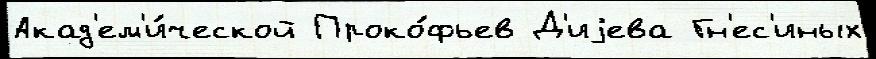
Акад'ем'и́ческой Проко́фьев Д'иjева Гн'ес'иных